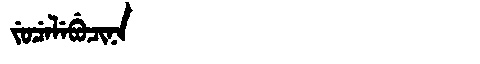
Manchu: ᠵᡠᠴᡝᠯᡝᠪᡠᠴᡳᠨᠠ
Romanization: JUCELEBUCINA